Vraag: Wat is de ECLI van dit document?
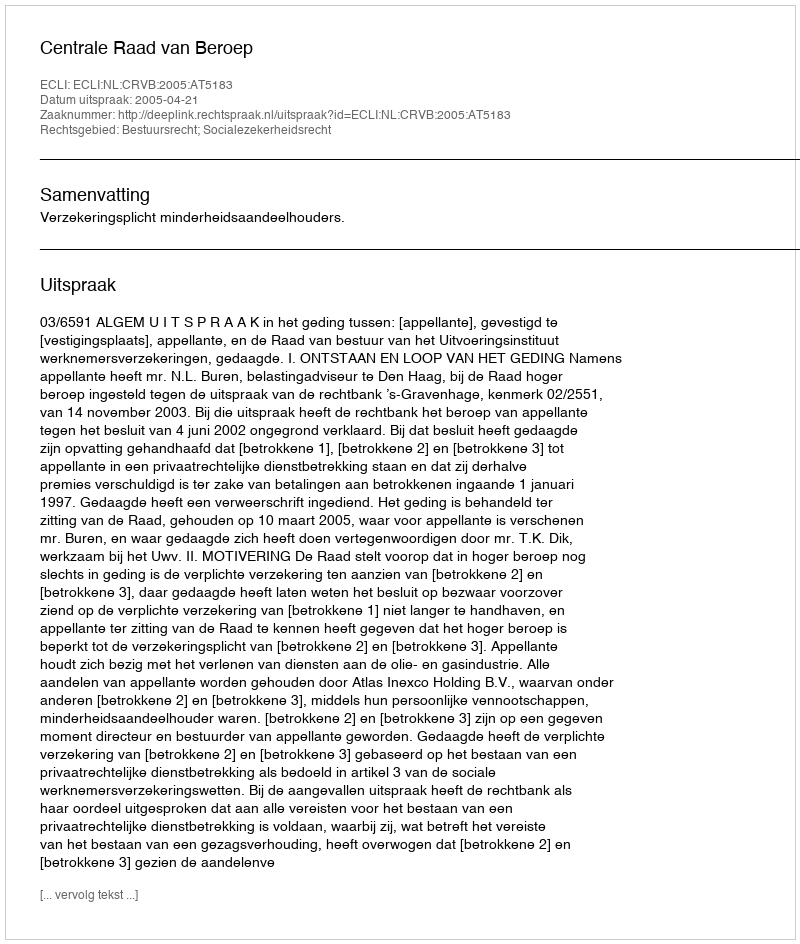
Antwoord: ECLI:NL:CRVB:2005:AT5183